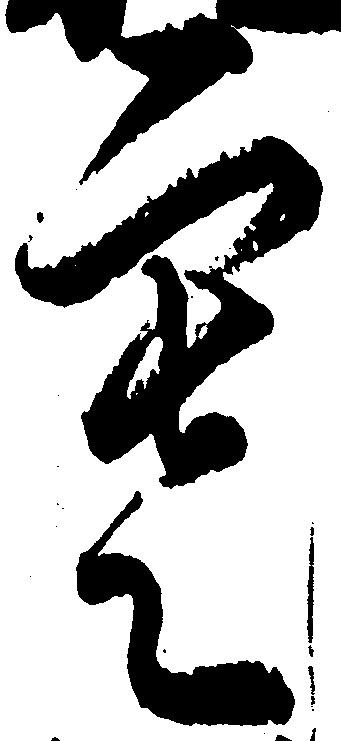
寒